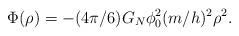
\begin{align*}\Phi (\rho )=-(4\pi /6)G_N\phi _0^2(m/h)^2\rho ^2. \end{align*}